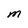
Character: M